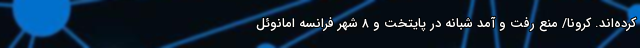
کرده‌اند. کرونا/ منع رفت و آمد شبانه در پایتخت و ۸ شهر فرانسه امانوئل